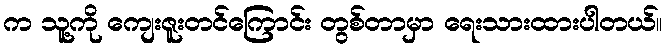
က သူ့ကို ကျေးဇူးတင်ကြောင်း တွစ်တာမှာ ရေးသားထားပါတယ်။